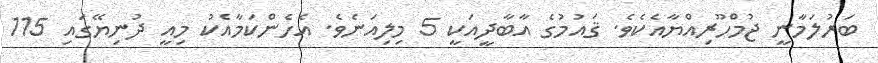
ބަރުލަމާނީ ޖުމްހޫރިއްޔާއެކެވެ. ޤައުމުގެ އާބާދީއަކީ 5 މިލިއަނެވެ. އެހެންކަމާއެކު މިއީ ދުނިޔޭގައި 115